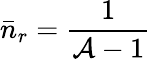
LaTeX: \bar{n}_{r}=\frac{1}{\mathcal{A}-1}